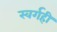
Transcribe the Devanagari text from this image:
स्वर्गही